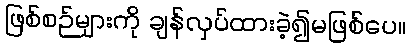
ဖြစ်စဉ်များကို ချန်လှပ်ထားခဲ့၍မဖြစ်ပေ။